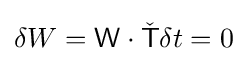
\delta W={\mathsf {W}}\cdot {\check {\mathsf {T}}}\delta t=0